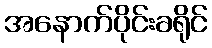
အနောက်ပိုင်းခရိုင်